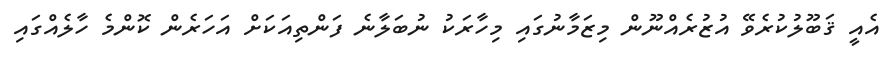
އެއީ ޤަބޫލުކުރެވޭ އުޒުރެއްނޫން މިޒަމާނުގައި މިހާރަކު ނުބަލާނެ ފަންތިއަކަށް އަހަރެން ކޮންމެ ހާލެއްގައި